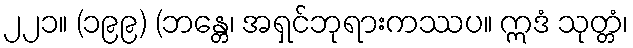
၂၂၁။ (၁၉၉) (ဘန္တေ၊ အရှင်ဘုရားကဿပ။ ဣဒံ သုတ္တံ၊